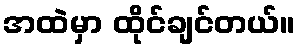
အထဲမှာ ထိုင်ချင်တယ်။